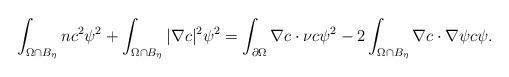
LaTeX: \begin{align*}\int_{\Omega\cap B_{\eta}}n c^{2}\psi^{2}+\int_{\Omega\cap B_{\eta}}|\nabla c|^{2}\psi^{2}=\int_{\partial\Omega}\nabla c\cdot\nu c\psi^{2} -2\int_{\Omega\cap B_{\eta}} \nabla c\cdot \nabla \psi c\psi.\end{align*}